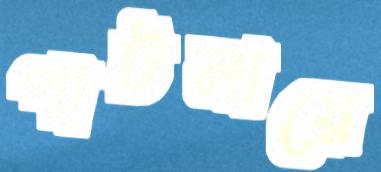
পাটনায়ে